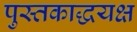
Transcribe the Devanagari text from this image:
पुस्तकाद्धयक्ष